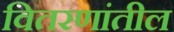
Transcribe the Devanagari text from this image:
वितरणांतील